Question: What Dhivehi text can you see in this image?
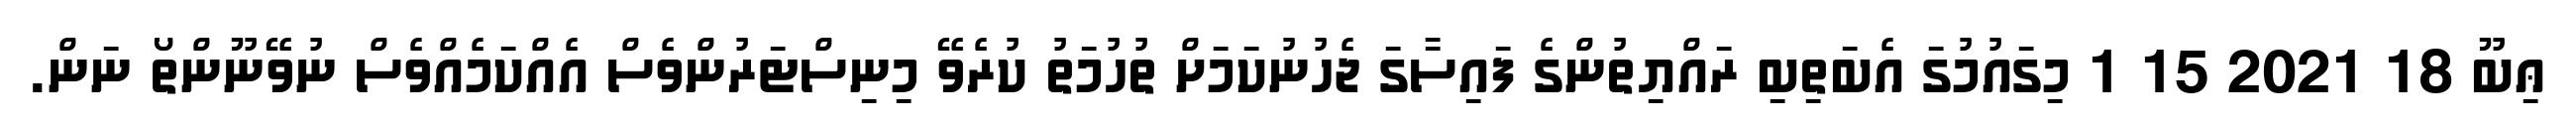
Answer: ޢިބޫ 18 2021 15 1 މިގައުމުގަ އެބަތިބި ރައްޔިތުންގެ ފައިސާގަ ޖެހުނުކަމަށް ތުހުމަތު ކުރެވޭ މިނިސްޓަރުންވެސް އެއްކަމެއްވެސް ނުވޭނޫންތޯ ނަން.